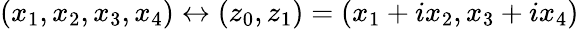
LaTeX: (x_{1},x_{2},x_{3},x_{4})\leftrightarrow(z_{0},z_{1})=(x_{1}+ix_{2},x_{3}+ix_{4})